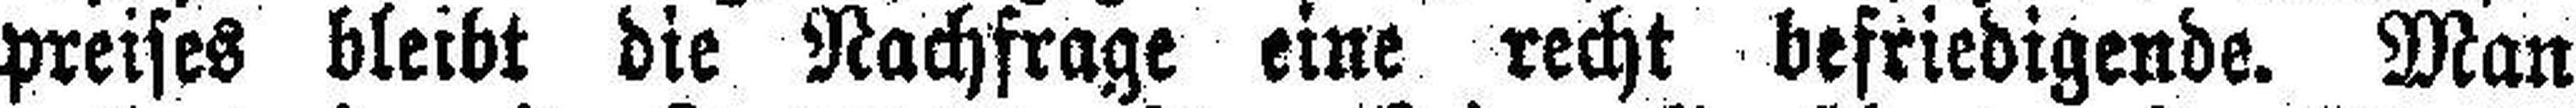
preises bleibt die Nachfrage eine recht befriedigende. Man